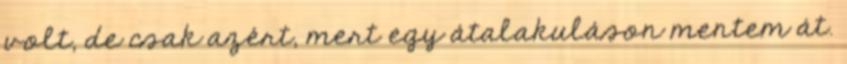
volt, de csak azért, mert egy átalakuláson mentem át.